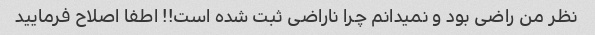
نظر من راضی بود و نمیدانم چرا ناراضی ثبت شده است!! اطفا اصلاح فرمایید